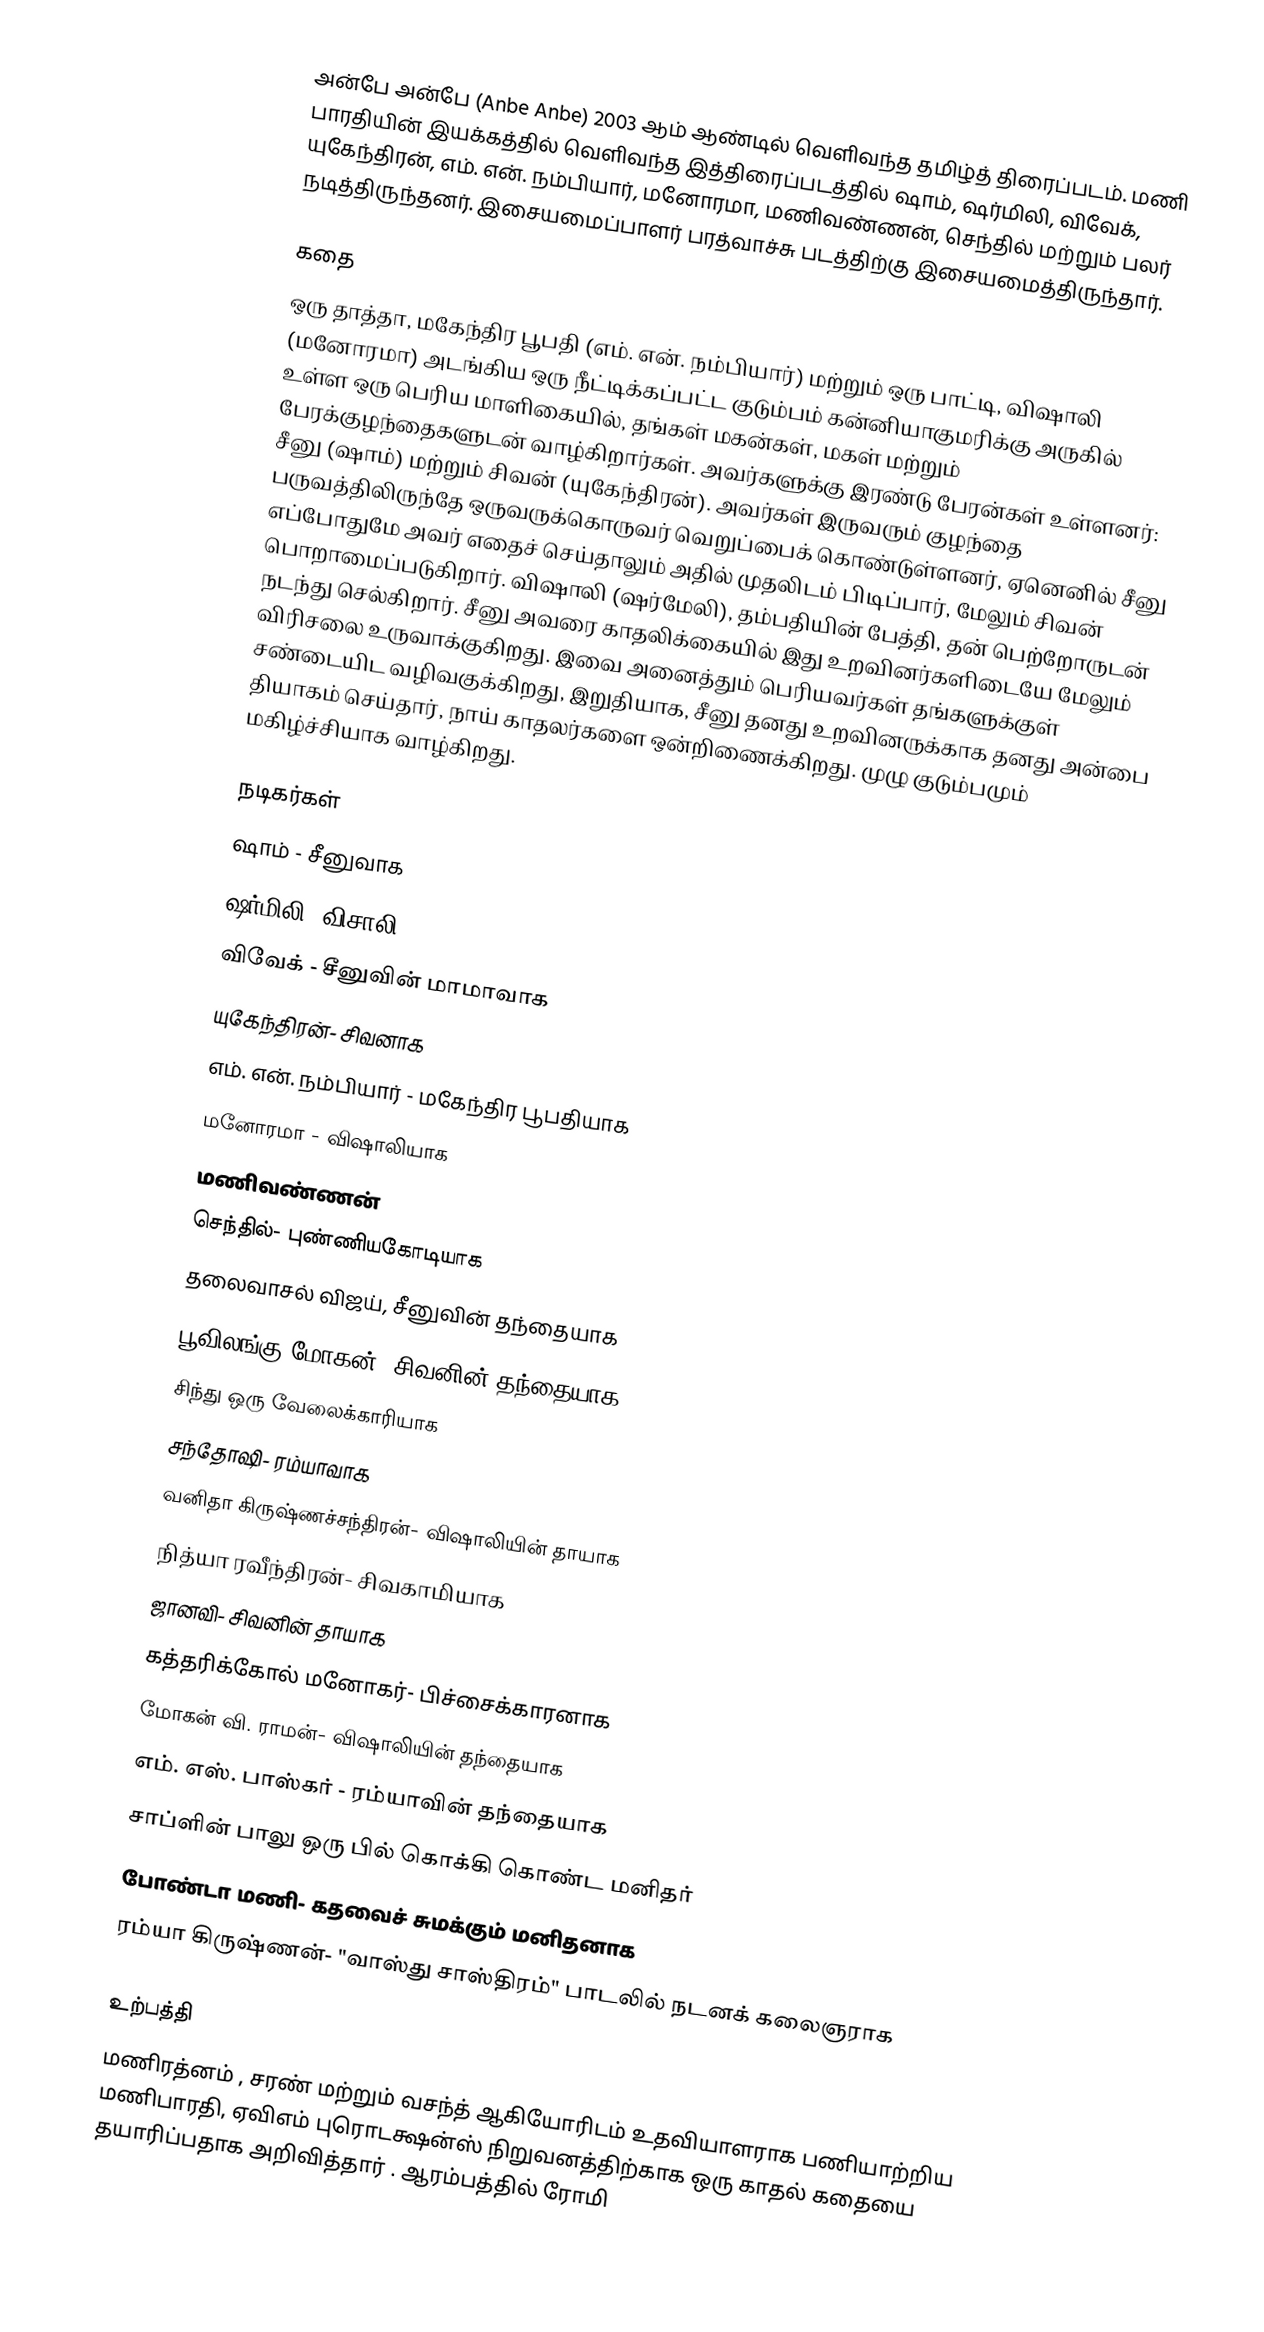
அன்பே அன்பே (Anbe Anbe) 2003 ஆம் ஆண்டில் வெளிவந்த தமிழ்த் திரைப்படம். மணி பாரதியின் இயக்கத்தில் வெளிவந்த இத்திரைப்படத்தில் ஷாம், ஷர்மிலி, விவேக், யுகேந்திரன், எம். என். நம்பியார், மனோரமா, மணிவண்ணன், செந்தில் மற்றும் பலர் நடித்திருந்தனர். இசையமைப்பாளர் பரத்வாச்சு படத்திற்கு இசையமைத்திருந்தார்.

கதை
ஒரு தாத்தா, மகேந்திர பூபதி (எம். என். நம்பியார்) மற்றும் ஒரு பாட்டி, விஷாலி (மனோரமா) அடங்கிய ஒரு நீட்டிக்கப்பட்ட குடும்பம் கன்னியாகுமரிக்கு அருகில் உள்ள ஒரு பெரிய மாளிகையில், தங்கள் மகன்கள், மகள் மற்றும் பேரக்குழந்தைகளுடன் வாழ்கிறார்கள். அவர்களுக்கு இரண்டு பேரன்கள் உள்ளனர்: சீனு (ஷாம்) மற்றும் சிவன் (யுகேந்திரன்). அவர்கள் இருவரும் குழந்தை பருவத்திலிருந்தே ஒருவருக்கொருவர் வெறுப்பைக் கொண்டுள்ளனர், ஏனெனில் சீனு எப்போதுமே அவர் எதைச் செய்தாலும் அதில் முதலிடம் பிடிப்பார், மேலும் சிவன் பொறாமைப்படுகிறார். விஷாலி (ஷர்மேலி), தம்பதியின் பேத்தி, தன் பெற்றோருடன் நடந்து செல்கிறார். சீனு அவரை காதலிக்கையில் இது உறவினர்களிடையே மேலும் விரிசலை உருவாக்குகிறது. இவை அனைத்தும் பெரியவர்கள் தங்களுக்குள் சண்டையிட வழிவகுக்கிறது, இறுதியாக, சீனு தனது உறவினருக்காக தனது அன்பை தியாகம் செய்தார், நாய் காதலர்களை ஒன்றிணைக்கிறது. முழு குடும்பமும் மகிழ்ச்சியாக வாழ்கிறது.

நடிகர்கள்
 ஷாம் - சீனுவாக
 ஷர்மிலி- விசாலி
 விவேக் - சீனுவின் மாமாவாக
 யுகேந்திரன்- சிவனாக
 எம். என். நம்பியார் - மகேந்திர பூபதியாக
 மனோரமா - விஷாலியாக
 மணிவண்ணன்
 செந்தில்- புண்ணியகோடியாக
 தலைவாசல் விஜய், சீனுவின் தந்தையாக
 பூவிலங்கு மோகன்- சிவனின் தந்தையாக
 சிந்து ஒரு வேலைக்காரியாக
 சந்தோஷி- ரம்யாவாக
 வனிதா கிருஷ்ணச்சந்திரன்- விஷாலியின் தாயாக
 நித்யா ரவீந்திரன்- சிவகாமியாக
 ஜானவி- சிவனின் தாயாக
 கத்தரிக்கோல் மனோகர்- பிச்சைக்காரனாக
 மோகன் வி. ராமன்- விஷாலியின் தந்தையாக
 எம். எஸ். பாஸ்கர் - ரம்யாவின் தந்தையாக
 சாப்ளின் பாலு ஒரு பில் கொக்கி கொண்ட மனிதர்
 போண்டா மணி- கதவைச் சுமக்கும் மனிதனாக
 ரம்யா கிருஷ்ணன்- "வாஸ்து சாஸ்திரம்" பாடலில் நடனக் கலைஞராக

உற்பத்தி
மணிரத்னம் , சரண் மற்றும் வசந்த் ஆகியோரிடம் உதவியாளராக பணியாற்றிய மணிபாரதி, ஏவிஎம் புரொடக்ஷன்ஸ் நிறுவனத்திற்காக ஒரு காதல் கதையை தயாரிப்பதாக அறிவித்தார் . ஆரம்பத்தில் ரோமி